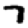
Digit: 7